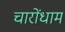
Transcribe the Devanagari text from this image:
चारोंधाम